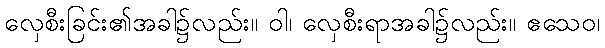
လှေစီးခြင်း၏အခါ၌လည်း။ ဝါ၊ လှေစီးရာအခါ၌လည်း။ ဧသေဝ၊